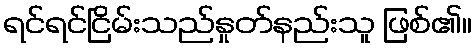
ရင်ရင်ငြိမ်းသည်နှုတ်နည်းသူ ဖြစ်၏။